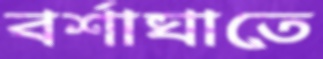
বর্শাঘাতে